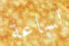
لساعة